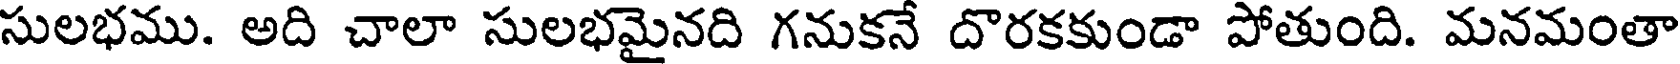
సులభము. అది చాలా సులభమైనది గనుకనే దొరకకుండా పోతుంది. మనమంతా